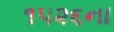
૧૫૨૬ના